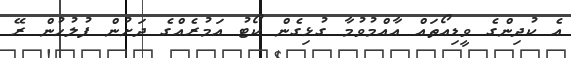
އެ ކުދިންގެ ވީޑިއޯތައް އާއްމުވުމާ ގުޅިގެން ކޯޓު އަމުރެއްގެ ދަށުން ފުލުހުން ރޭ